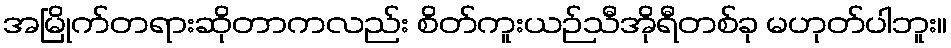
အမြိုက်တရားဆိုတာကလည်း စိတ်ကူးယဉ်သီအိုရီတစ်ခု မဟုတ်ပါဘူး။